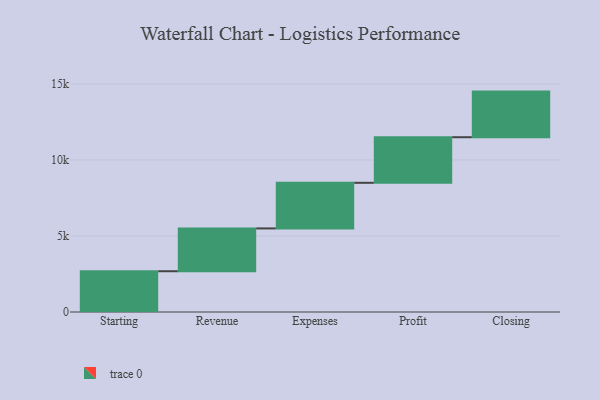
{"axis": {"x": "Step", "y": "Value"}, "legend": [""], "data": [{"x": "Starting", "y": 2682.0, "type": ""}, {"x": "Revenue", "y": 2816.0, "type": ""}, {"x": "Expenses", "y": 3000, "type": ""}, {"x": "Profit", "y": 3000, "type": ""}, {"x": "Closing", "y": 3000, "type": ""}]}